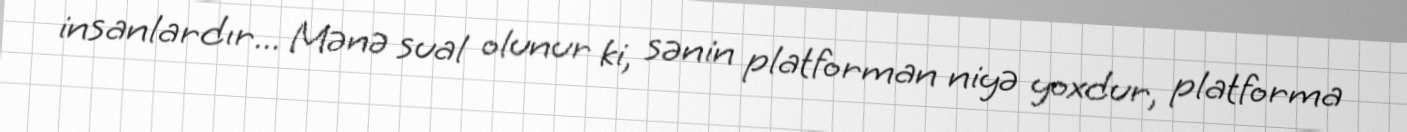
insanlardır... Mənə sual olunur ki, sənin platforman niyə yoxdur, platforma